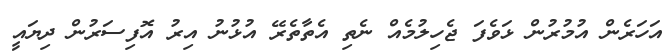
އަހަރެން އުމުރުން ޅަވެފަ ޖެހިލުމެއް ނެތި އެތާތެރޭ އުޅުނު އިރު އޮފިސަރުން ދިޔައީ